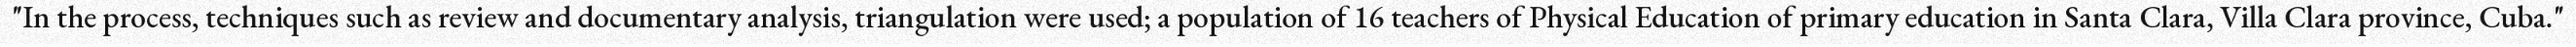
"In the process, techniques such as review and documentary analysis, triangulation were used; a population of 16 teachers of Physical Education of primary education in Santa Clara, Villa Clara province, Cuba."